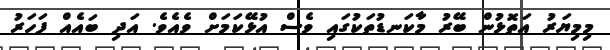
މިމިޔަރު އަތޮޅުން ބޭރު މާކަނޑުތަކުގައި ވެސް އުޅޭކަމަށް ވެއެވެ. އަދި ބައެއް ފަހަރު